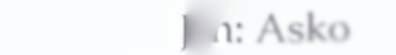
Jesâneh: Asko